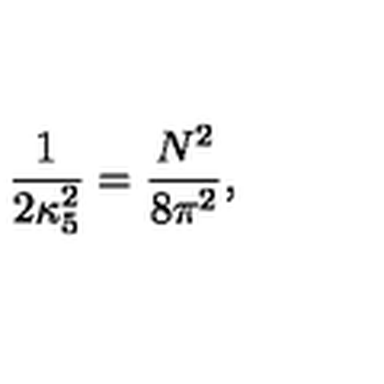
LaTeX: \frac { 1 } { 2 \kappa _ { 5 } ^ { 2 } } = \frac { N ^ { 2 } } { 8 \pi ^ { 2 } } ,